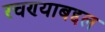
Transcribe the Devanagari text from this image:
रचण्याबद्दल